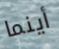
أينما